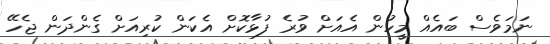
ނަމަވެސް ބައެއް މީހުން އެއަށް ވުރެ ފުޅާކޮށް އެކަން ކުރިއަށް ގެންދަން ޖެހޭ